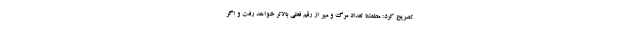
تصریح کرد: مطمئنا تعداد مرگ و میر از رقم فعلی بالاتر خواهد رفت و اگر